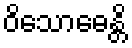
ဝိသောဓေန္တိ